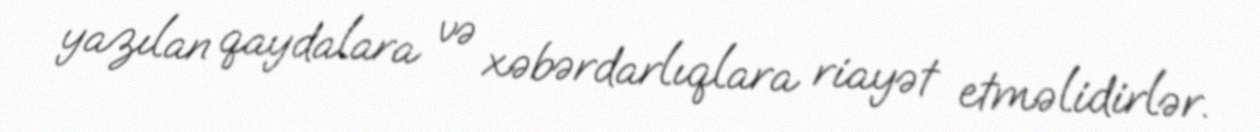
yazılan qaydalara və xəbərdarlıqlara riayət etməlidirlər.